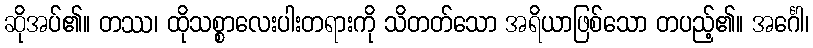
ဆိုအပ်၏။ တဿ၊ ထိုသစ္စာလေးပါးတရားကို သိတတ်သော အရိယာဖြစ်သော တပည့်၏။ အင်္ဂေါ၊